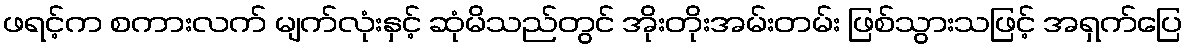
ဖရင့်က စကားလက် မျက်လုံးနှင့် ဆုံမိသည်တွင် အိုးတိုးအမ်းတမ်း ဖြစ်သွားသဖြင့် အရှက်ပြေ